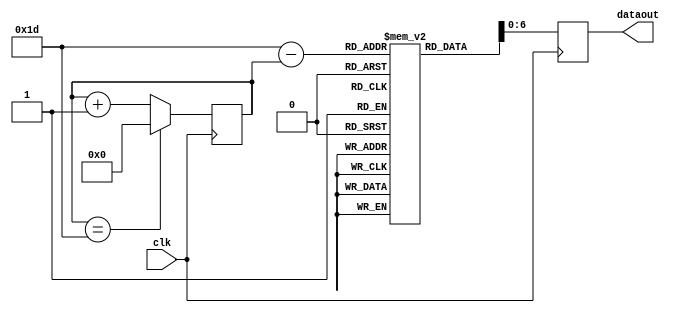
/* Generated by Yosys 0.27+22 (git sha1 53c0a6b78, clang 11.0.1-2 -fPIC -Os) */

module wave13(clk, dataout);
  wire [4:0] _0_;
  wire [31:0] _1_;
  wire _2_;
  wire [4:0] _3_;
  reg [4:0] _4_ = 5'h00;
  reg [7:0] _5_ = 8'h00;
  wire [239:0] _6_;
  wire [7:0] _7_;
  input clk;
  wire clk;
  wire [7:0] conv;
  wire [6:0] conv2;
  output [6:0] dataout;
  wire [6:0] dataout;
  wire [4:0] i;
  wire [239:0] sine;
  reg [7:0] \27  [29:0];
  initial begin
    \27 [0] = 8'h19;
    \27 [1] = 8'h13;
    \27 [2] = 8'h0d;
    \27 [3] = 8'h08;
    \27 [4] = 8'h04;
    \27 [5] = 8'h02;
    \27 [6] = 8'h00;
    \27 [7] = 8'h00;
    \27 [8] = 8'h02;
    \27 [9] = 8'h04;
    \27 [10] = 8'h08;
    \27 [11] = 8'h0d;
    \27 [12] = 8'h13;
    \27 [13] = 8'h19;
    \27 [14] = 8'h20;
    \27 [15] = 8'h26;
    \27 [16] = 8'h2c;
    \27 [17] = 8'h32;
    \27 [18] = 8'h37;
    \27 [19] = 8'h3b;
    \27 [20] = 8'h3d;
    \27 [21] = 8'h3f;
    \27 [22] = 8'h3f;
    \27 [23] = 8'h3d;
    \27 [24] = 8'h3b;
    \27 [25] = 8'h37;
    \27 [26] = 8'h32;
    \27 [27] = 8'h2c;
    \27 [28] = 8'h26;
    \27 [29] = 8'h20;
  end
  assign _7_ = \27 [_0_];
  assign _1_ = { 27'h0000000, i } + 32'd1;
  assign _2_ = { 27'h0000000, i } == 32'd29;
  assign _3_ = _2_ ? 5'h00 : _1_[4:0];
  always @(posedge clk)
    _4_ <= _3_;
  always @(posedge clk)
    _5_ <= _7_;
  assign _0_ = 5'h1d - i;
  assign i = _4_;
  assign conv = _5_;
  assign conv2 = conv[6:0];
  assign sine = 240'h20262c32373b3d3f3f3d3b37322c262019130d08040200000204080d1319;
  assign dataout = conv2;
endmodule